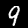
Digit: 9